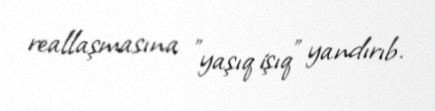
reallaşmasına ”yaşıq işıq" yandırıb.